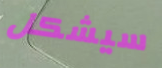
سيشكل